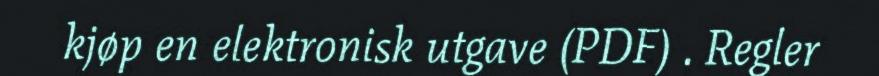
kjøp en elektronisk utgave (PDF) . Regler